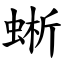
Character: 蜥